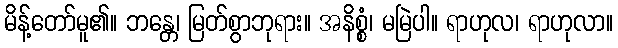
မိန့်တော်မူ၏။ ဘန္တေ၊ မြတ်စွာဘုရား။ အနိစ္စံ၊ မမြဲပါ။ ရာဟုလ၊ ရာဟုလာ။